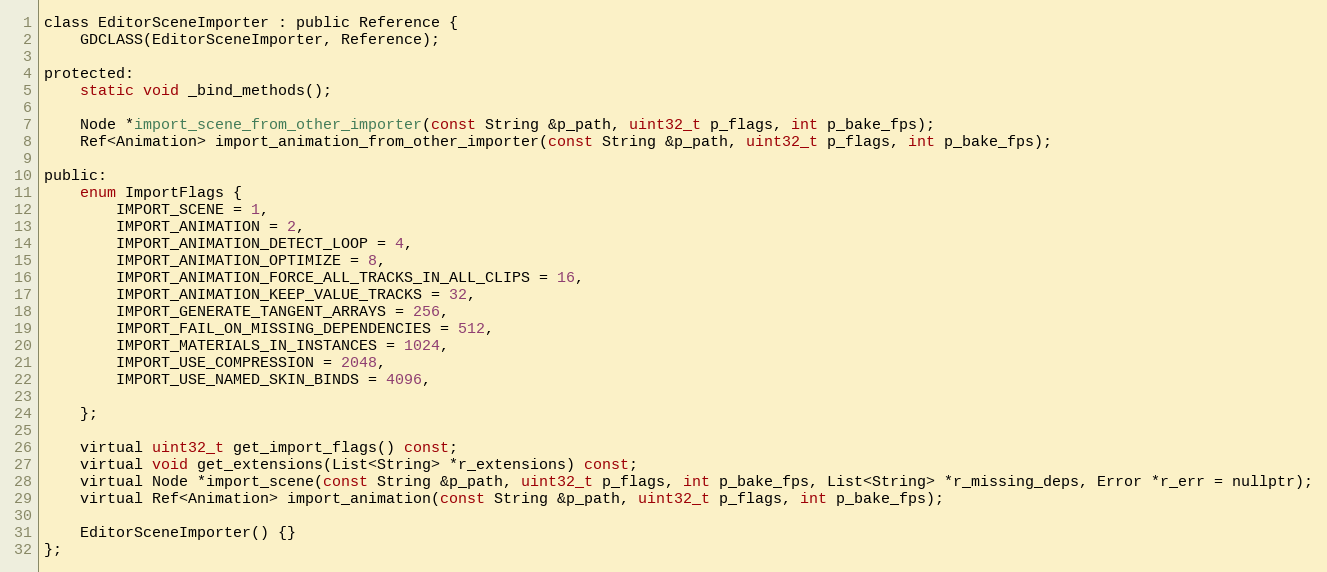
Language: C
class EditorSceneImporter : public Reference {
	GDCLASS(EditorSceneImporter, Reference);

protected:
	static void _bind_methods();

	Node *import_scene_from_other_importer(const String &p_path, uint32_t p_flags, int p_bake_fps);
	Ref<Animation> import_animation_from_other_importer(const String &p_path, uint32_t p_flags, int p_bake_fps);

public:
	enum ImportFlags {
		IMPORT_SCENE = 1,
		IMPORT_ANIMATION = 2,
		IMPORT_ANIMATION_DETECT_LOOP = 4,
		IMPORT_ANIMATION_OPTIMIZE = 8,
		IMPORT_ANIMATION_FORCE_ALL_TRACKS_IN_ALL_CLIPS = 16,
		IMPORT_ANIMATION_KEEP_VALUE_TRACKS = 32,
		IMPORT_GENERATE_TANGENT_ARRAYS = 256,
		IMPORT_FAIL_ON_MISSING_DEPENDENCIES = 512,
		IMPORT_MATERIALS_IN_INSTANCES = 1024,
		IMPORT_USE_COMPRESSION = 2048,
		IMPORT_USE_NAMED_SKIN_BINDS = 4096,

	};

	virtual uint32_t get_import_flags() const;
	virtual void get_extensions(List<String> *r_extensions) const;
	virtual Node *import_scene(const String &p_path, uint32_t p_flags, int p_bake_fps, List<String> *r_missing_deps, Error *r_err = nullptr);
	virtual Ref<Animation> import_animation(const String &p_path, uint32_t p_flags, int p_bake_fps);

	EditorSceneImporter() {}
};